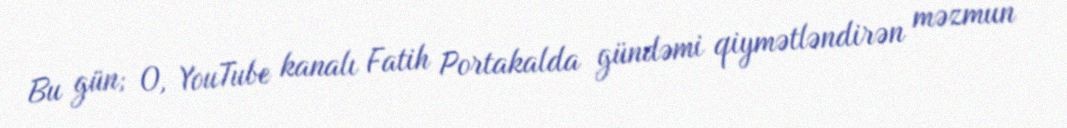
Bu gün; O, YouTube kanalı Fatih Portakalda gündəmi qiymətləndirən məzmun